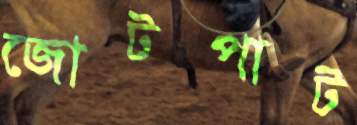
জোটপাট